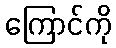
ကြောင်ကို